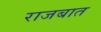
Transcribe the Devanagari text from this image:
राजबात